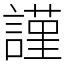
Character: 𧫴